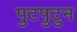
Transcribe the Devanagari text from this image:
पुटपुटुन